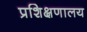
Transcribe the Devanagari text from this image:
प्रशिक्षणालय